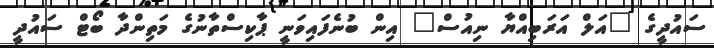
ސައުދީގެ "އަލް އަރަބިއްޔާ ނިއުސް" އިން ބުނެފައިވަނީ ޕާކިސްތާނުގެ މަތިންދާ ބޯޓް ސައުދީ